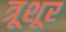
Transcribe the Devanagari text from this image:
त्रूशूर